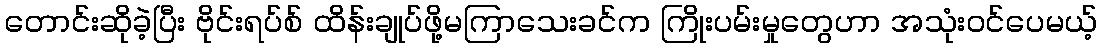
တောင်းဆိုခဲ့ပြီး ဗိုင်းရပ်စ် ထိန်းချုပ်ဖို့မကြာသေးခင်က ကြိုးပမ်းမှုတွေဟာ အသုံးဝင်ပေမယ့်